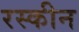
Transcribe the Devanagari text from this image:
रस्कीन